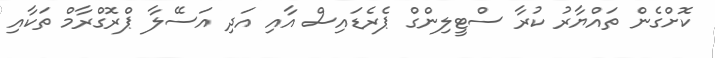
ކޮށްގެން ތައްޔާރު ކުރާ ސްޓީލިންގް ޕެރެޑައިސް އާއި އަދި އަސޭލާ ޕްރޮގްރާމް ތަކާއި